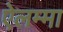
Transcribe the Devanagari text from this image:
ऐलम्मा